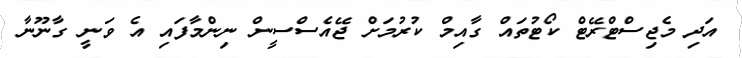
އަދި މެޖިސްޓްރޭޓް ކޯޓުތައް ގާއިމް ކުރުމަށް ޖޭއެސްސީން ނިންމާފައި އެ ވަނީ ގާނޫނާ